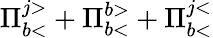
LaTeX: \Pi_{b<}^{j>}+\Pi_{b<}^{b>}+\Pi_{b<}^{j<}